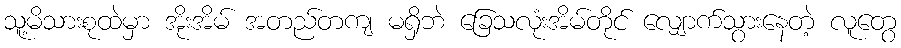
သူ့မိသားစုထဲမှာ အိုးအိမ် အတည်တကျ မရှိဘဲ ခြေသလုံးအိမ်တိုင် လျှောက်သွားနေတဲ့ လူတွေ